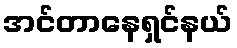
အင်တာနေရှင်နယ်